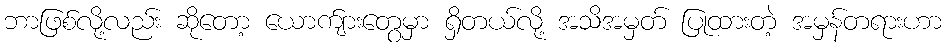
ဘာဖြစ်လို့လည်း ဆိုတော့ ယောက်ျားတွေမှာ ရှိတယ်လို့ အသိအမှတ် ပြုထားတဲ့ အမှန်တရားဟာ